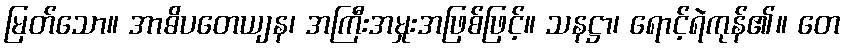
မြတ်သော။ အာဓိပတေယျန၊ အကြီးအမှုးအဖြစ်ဖြင့်။ သနဋ္ဌာ၊ ရောင့်ရဲကုန်၏။ တေ